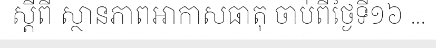
ស្តីពី ស្ថានភាពអាកាសធាតុ ចាប់ពីថ្ងៃទី១៦ ...